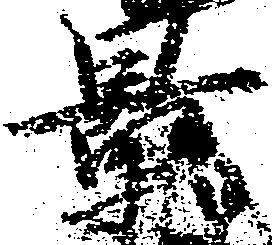
景